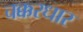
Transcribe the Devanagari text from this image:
चक्करधार